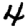
Digit: 4